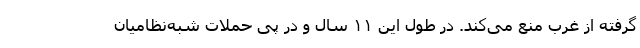
گرفته از غرب منع می‌کند. در طول این ۱۱ سال و در پی حملات شبه‌نظامیان